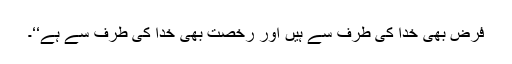
فرض بھی خدا کی طرف سے ہیں اور رخصت بھی خدا کی طرف سے ہے‘‘۔